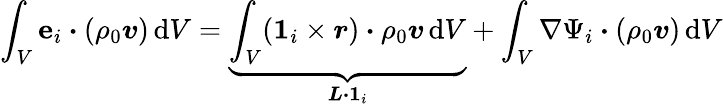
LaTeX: \int_{V}\boldsymbol{\mathrm{e}}_{i}\boldsymbol{\cdot}(\rho_{0}\boldsymbol{v})\, \mathrm{{d}}V=\underbrace{{\int_{V}(\boldsymbol{1}_{i}\times\boldsymbol{r})\boldsymbol{\cdot}\rho_{0}\boldsymbol{v}\, \mathrm{{d}}V}}_{\boldsymbol{L}\boldsymbol{\cdot}\boldsymbol{1}_{i}}+\int_{V}\nabla\Psi_{i}\boldsymbol{\cdot}(\rho_{0}\boldsymbol{v})\, \mathrm{{d}}V